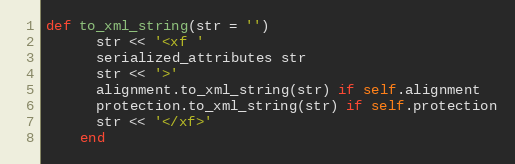
Language: Ruby
def to_xml_string(str = '')
      str << '<xf '
      serialized_attributes str
      str << '>'
      alignment.to_xml_string(str) if self.alignment
      protection.to_xml_string(str) if self.protection
      str << '</xf>'
    end